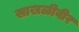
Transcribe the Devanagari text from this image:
साखळीवीर